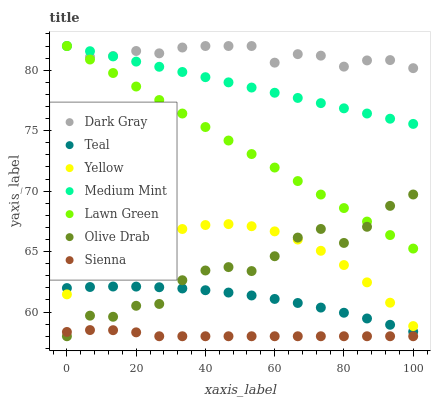
| xaxis_label | Dark Gray | Teal | Yellow | Medium Mint | Lawn Green | Olive Drab | Sienna |
 | --- | --- | --- | --- | --- | --- | --- | --- |
 | 0 | 82 | 62 | 61.5 | 82 | 82 | 58 | 58.4 |
 | 6.67 | 81.1 | 62.1 | 63 | 81.6 | 80.9 | 59.7 | 58.5 |
 | 13.3 | 81.2 | 62.1 | 64.4 | 81.1 | 79.8 | 59.6 | 58.5 |
 | 20 | 81.6 | 62.1 | 65.5 | 80.7 | 78.7 | 60.5 | 58.3 |
 | 26.7 | 81.4 | 62.1 | 66.3 | 80.3 | 77.5 | 60.7 | 58 |
 | 33.3 | 81.9 | 62 | 66.9 | 79.9 | 76.4 | 62.6 | 58 |
 | 40 | 82 | 61.8 | 67.2 | 79.4 | 75.3 | 63.4 | 58 |
 | 46.7 | 82 | 61.6 | 67.3 | 79 | 74.2 | 63.7 | 58 |
 | 53.3 | 82 | 61.4 | 67.1 | 78.6 | 73.1 | 63.4 | 58 |
 | 60 | 80.6 | 61.1 | 66.7 | 78.1 | 72 | 64.6 | 58 |
 | 66.7 | 81.3 | 60.8 | 66 | 77.7 | 70.8 | 66.2 | 58 |
 | 73.3 | 81.2 | 60.4 | 65.1 | 77.3 | 69.7 | 66.9 | 58 |
 | 80 | 80.3 | 59.9 | 63.9 | 76.8 | 68.6 | 65.7 | 58 |
 | 86.7 | 80.8 | 59.5 | 62.5 | 76.4 | 67.5 | 67.1 | 58 |
 | 93.3 | 80.8 | 58.9 | 60.8 | 76 | 66.4 | 68.8 | 58 |
 | 100 | 80.2 | 58.4 | 58.8 | 75.6 | 65.3 | 69.7 | 58 |